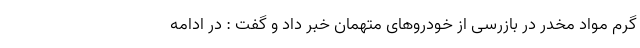
گرم مواد مخدر در بازرسی از خودروهای متهمان خبر داد و گفت : در ادامه